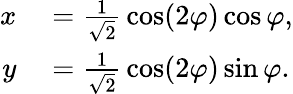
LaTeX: \begin{array}{rl}{x}&{{}={\frac{1}{\sqrt{2}}}\cos(2\varphi)\cos\varphi,}\\ {y}&{{}={\frac{1}{\sqrt{2}}}\cos(2\varphi)\sin\varphi.}\end{array}